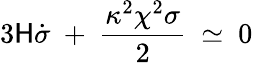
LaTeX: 3\mathsf{H}\dot{{\sigma}}\ +\ \frac{{\kappa^{2}\chi^{2}\sigma}}{{2}}\ \simeq\ 0